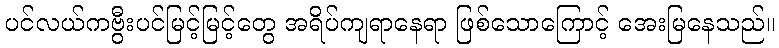
ပင်လယ်ကဗွီးပင်မြင့်မြင့်တွေ အရိပ်ကျရာနေရာ ဖြစ်သောကြောင့် အေးမြနေသည်။